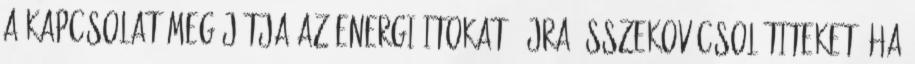
a kapcsolat Megújítja az energiáitokat, újra összekovácsol titeket, ha